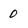
Character: 0